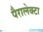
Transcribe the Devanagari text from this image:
पैरालेक्टा